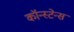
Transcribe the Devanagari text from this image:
कॉन्स्टेन्स